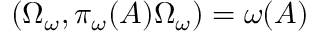
\left( \Omega _ { \omega } , \pi _ { \omega } ( A ) \Omega _ { \omega } \right) = \omega ( A )